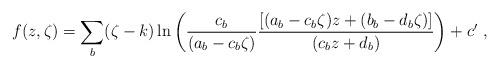
LaTeX: \begin{align*}f(z,\zeta )=\sum_b(\zeta -k)\ln \left( \frac{c_b}{(a_b-c_b\zeta )}\frac{\left[ (a_b-c_b\zeta )z+(b_b-d_b\zeta )\right] }{(c_bz+d_b)}\right) +c'\ ,\end{align*}